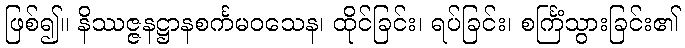
ဖြစ်၍။ နိဿဇ္ဇနဋ္ဌာနစင်္ကမဝသေန၊ ထိုင်ခြင်း၊ ရပ်ခြင်း၊ စင်္ကြံသွားခြင်း၏